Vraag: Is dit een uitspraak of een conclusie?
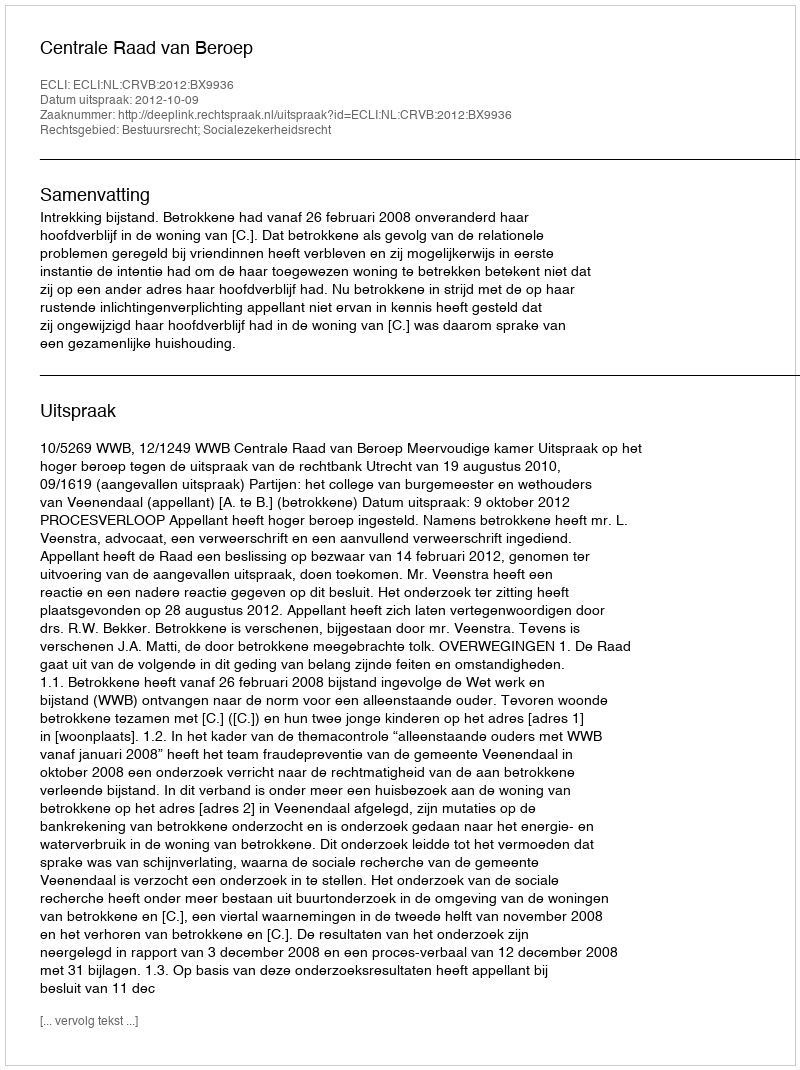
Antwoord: Uitspraak